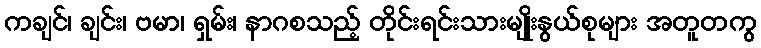
ကချင်၊ ချင်း၊ ဗမာ၊ ရှမ်း၊ နာဂစသည့် တိုင်းရင်းသားမျိုးနွယ်စုများ အတူတကွ